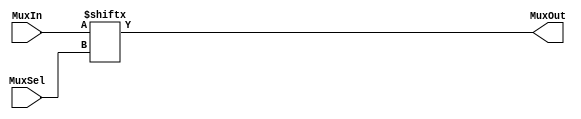
//n bit Mux
// Specify the number of select lines as a parameter.
module nbit_mux(MuxIn,   // Mux input: 2^SELECT_WIDTH bits.
                MuxOut,  // Mux output: 1 bit.
					 MuxSel); // Mux select lines: SELECT_WIDTH bits.

// Specifies the select line width.
parameter SELECT_WIDTH = 3;

//-------------Input Ports-----------------------------
input  [2 ** SELECT_WIDTH-1:0] MuxIn;
input  [SELECT_WIDTH-1:0] MuxSel;
//-------------Output Ports----------------------------
output MuxOut;
//-------------Wires-----------------------------------
//-------------Other-----------------------------------
//------------Code Starts Here-------------------------
assign MuxOut = MuxIn[MuxSel];
endmodule